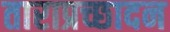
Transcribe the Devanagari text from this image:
ताराप्रच्छादन